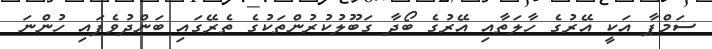
ސަމްޕާ އަކީ އޭރުގެ ހާލަތާއި އޭރުގެ ބޯދާ ގަބޫލުކުރުންތަކުގެ ތެރޭގައި ބަންދުވެފައި ހުންނަ